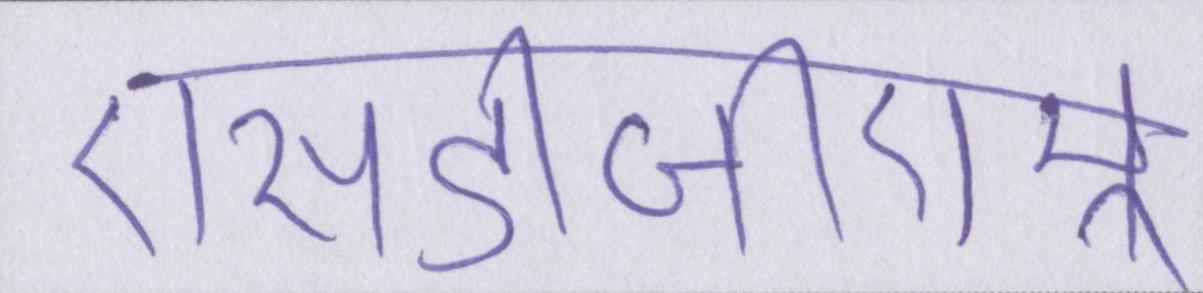
एसडीजीएम्